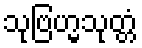
သုဗြဟ္မသုတ္တံ